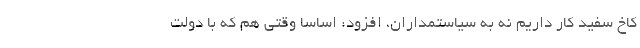
کاخ سفید کار داریم نه به سیاستمداران، افزود: اساسا وقتی هم که با دولت